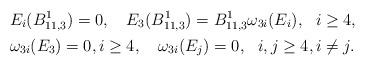
LaTeX: \begin{align*}&E_i(B^1_{11,3})=0, ~~~E_3(B^1_{11,3})=B^1_{11,3}\omega_{3i}(E_i),~~ i\geq 4,\\&\omega_{3i}(E_3)=0, i\geq 4, ~~~\omega_{3i}(E_j)=0,~~ i,j\geq 4, i\neq j.\end{align*}